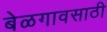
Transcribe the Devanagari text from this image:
बेळगावसाठी